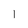
Character: 1